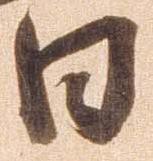
日